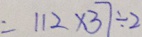
= 1 1 2 \times 3 7 \div 2